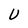
Character: U